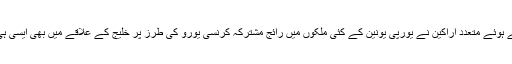
کویت کی قومی پارلیمان میں اس بارے میں جاری بحث میں حصہ لیتے ہوئے متعدد اراکین نے یورپی یونین کے کئی ملکوں میں رائج مشترکہ کرنسی یورو کی طرز پر خلیج کے علاقے میں بھی ایسی ہی ایک علاقائی کرنسی کے ممکنہ اجراء پر اپنے تحفظات کا اظہار کیا۔